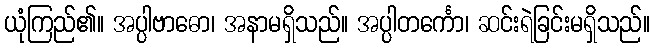
ယုံကြည်၏။ အပ္ပါဗာဓော၊ အနာမရှိသည်။ အပ္ပါတင်္ကော၊ ဆင်းရဲခြင်းမရှိသည်။